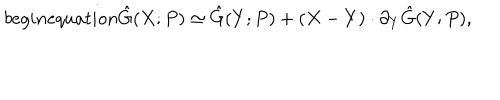
LaTeX: b e g i n { e q u a t i o n } \hat { G } ( X ; P ) \simeq \hat { G } ( Y ; P ) + ( X - Y ) \cdot \partial _ { Y } \hat { G } ( Y ; P ) ,